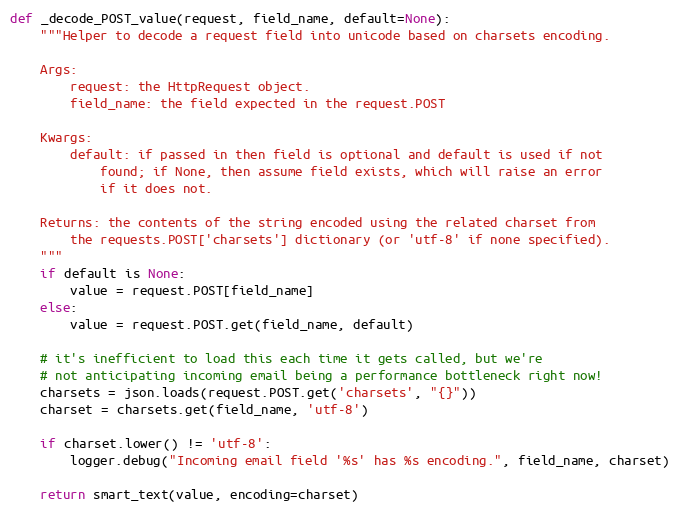
Language: Python
def _decode_POST_value(request, field_name, default=None):
    """Helper to decode a request field into unicode based on charsets encoding.

    Args:
        request: the HttpRequest object.
        field_name: the field expected in the request.POST

    Kwargs:
        default: if passed in then field is optional and default is used if not
            found; if None, then assume field exists, which will raise an error
            if it does not.

    Returns: the contents of the string encoded using the related charset from
        the requests.POST['charsets'] dictionary (or 'utf-8' if none specified).
    """
    if default is None:
        value = request.POST[field_name]
    else:
        value = request.POST.get(field_name, default)

    # it's inefficient to load this each time it gets called, but we're
    # not anticipating incoming email being a performance bottleneck right now!
    charsets = json.loads(request.POST.get('charsets', "{}"))
    charset = charsets.get(field_name, 'utf-8')

    if charset.lower() != 'utf-8':
        logger.debug("Incoming email field '%s' has %s encoding.", field_name, charset)

    return smart_text(value, encoding=charset)